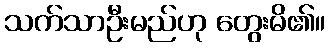
သက်သာဦးမည်ဟု တွေးမိ၏။